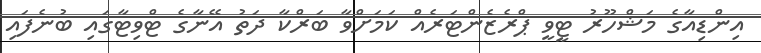
އިންޑިއާގެ މަޝްހޫރު ޓީވީ ޕްރެޒެންޓަރެއް ކަމަށްވާ ބަރްކާ ދަތު އޭނާގެ ޓްވިޓާގައި ބުނެފައި